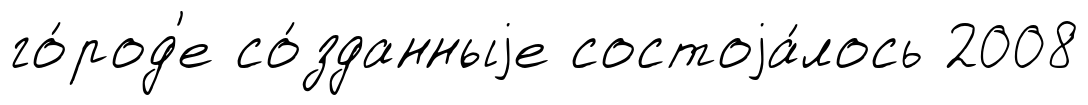
го́род'е со́зданныjе состоjа́лось 2008